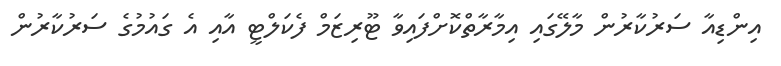
އިންޑިއާ ސަރުކާރުން މާލޭގައި އިމާރާތްކޮށްފައިވާ ޓޫރިޒަމް ފެކަލްޓީ އާއި އެ ގައުމުގެ ސަރުކާރުން